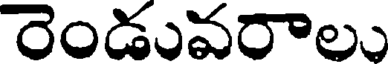
రెండువరాలు